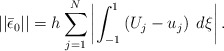
\begin{align*}||\bar{\epsilon}_0|| = h \sum_{j=1}^N \left| \int_{-1}^1 \left( U_j - u_j \right) \; d\xi \right| .\end{align*}